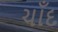
ચાઁદ